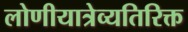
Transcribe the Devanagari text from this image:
लोणीयात्रेव्यतिरिक्त